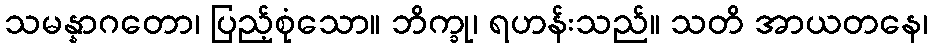
သမန္နာဂတော၊ ပြည့်စုံသော။ ဘိက္ခု၊ ရဟန်းသည်။ သတိ အာယတနေ၊